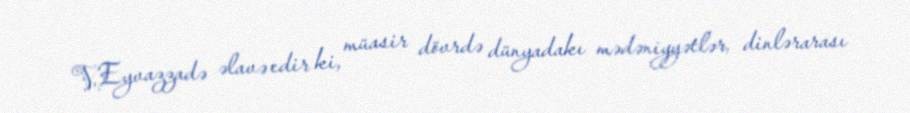
V.Eyvazzadə əlavə edir ki, müasir dövrdə dünyadakı mədəniyyətlər, dinlərarası